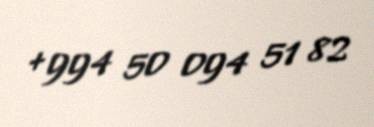
+994 50 094 51 82